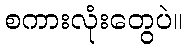
စကားလုံးတွေပဲ။